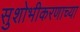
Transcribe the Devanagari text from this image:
सुशोभीकरणाच्या